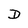
Character: D